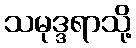
သမုဒ္ဒရာသို့